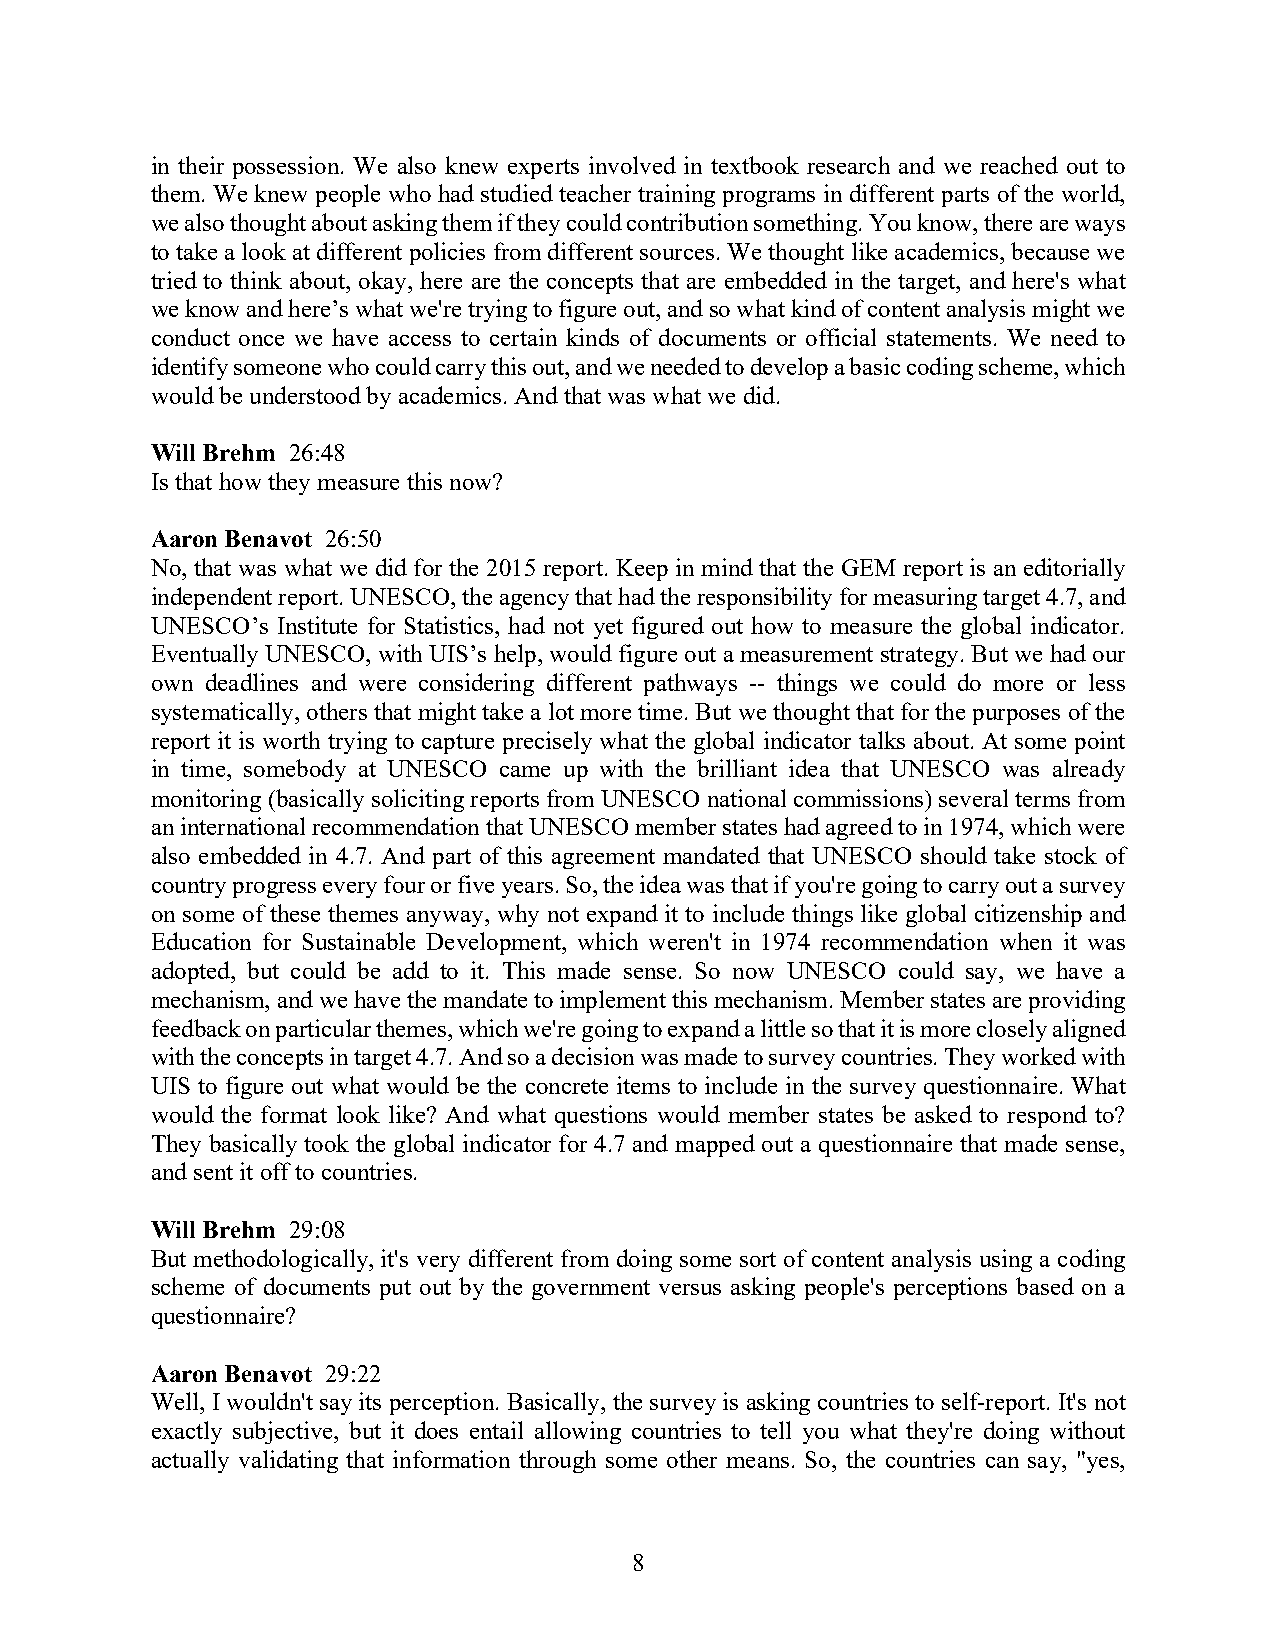
in their possession. We also knew experts involved in textbook research and we reached out to
 them. We knew people who had studied teacher training programs in different parts of the world,
 we also thought about asking them if they could contribution something. You know, there are ways
 to take a look at different policies from different sources. We thought like academics, because we
 tried to think about, okay, here are the concepts that are embedded in the target, and here's what
 we know and here’s what we're trying to figure out, and so what kind of content analysis might we
 conduct once we have access to certain kinds of documents or official statements. We need to
 identify someone who could carry this out, and we needed to develop a basic coding scheme, which
 would be understood by academics. And that was what we did.
 Will Brehm 26:48
 Is that how they measure this now?
 Aaron Benavot 26:50
 No, that was what we did for the 2015 report. Keep in mind that the GEM report is an editorially
 independent report. UNESCO, the agency that had the responsibility for measuring target 4.7, and
 UNESCO’s Institute for Statistics, had not yet figured out how to measure the global indicator.
 Eventually UNESCO, with UIS’s help, would figure out a measurement strategy. But we had our
 own deadlines and were considering different pathways -- things we could do more or less
 systematically, others that might take a lot more time. But we thought that for the purposes of the
 report it is worth trying to capture precisely what the global indicator talks about. At some point
 in time, somebody at UNESCO came up with the brilliant idea that UNESCO was already
 monitoring (basically soliciting reports from UNESCO national commissions) several terms from
 an international recommendation that UNESCO member states had agreed to in 1974, which were
 also embedded in 4.7. And part of this agreement mandated that UNESCO should take stock of
 country progress every four or five years. So, the idea was that if you're going to carry out a survey
 on some of these themes anyway, why not expand it to include things like global citizenship and
 Education for Sustainable Development, which weren't in 1974 recommendation when it was
 adopted, but could be add to it. This made sense. So now UNESCO could say, we have a
 mechanism, and we have the mandate to implement this mechanism. Member states are providing
 feedback on particular themes, which we're going to expand a little so that it is more closely aligned
 with the concepts in target 4.7. And so a decision was made to survey countries. They worked with
 UIS to figure out what would be the concrete items to include in the survey questionnaire. What
 would the format look like? And what questions would member states be asked to respond to?
 They basically took the global indicator for 4.7 and mapped out a questionnaire that made sense,
 and sent it off to countries.
 Will Brehm 29:08
 But methodologically, it's very different from doing some sort of content analysis using a coding
 scheme of documents put out by the government versus asking people's perceptions based on a
 questionnaire?
 Aaron Benavot 29:22
 Well, I wouldn't say its perception. Basically, the survey is asking countries to self-report. It's not
 exactly subjective, but it does entail allowing countries to tell you what they're doing without
 actually validating that information through some other means. So, the countries can say, "yes,
 8